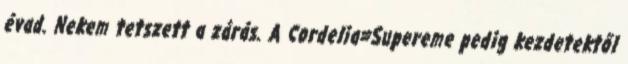
évad. Nekem tetszett a zárás. A Cordelia=Supereme pedig kezdetektől